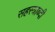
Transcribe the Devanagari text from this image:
सहस्‍त्राब्दी